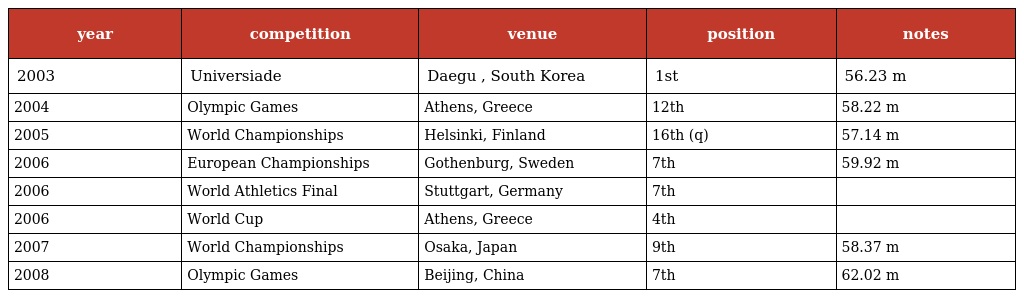
| year | competition | venue | position | notes |
 | --- | --- | --- | --- | --- |
 | 2003 | Universiade | Daegu , South Korea | 1st | 56.23 m |
 | 2004 | Olympic Games | Athens, Greece | 12th | 58.22 m |
 | 2005 | World Championships | Helsinki, Finland | 16th (q) | 57.14 m |
 | 2006 | European Championships | Gothenburg, Sweden | 7th | 59.92 m |
 | 2006 | World Athletics Final | Stuttgart, Germany | 7th |  |
 | 2006 | World Cup | Athens, Greece | 4th |  |
 | 2007 | World Championships | Osaka, Japan | 9th | 58.37 m |
 | 2008 | Olympic Games | Beijing, China | 7th | 62.02 m |